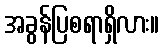
အခွန်ပြစရာရှိလား။